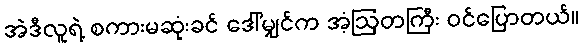
အဲဒီလူရဲ့ စကားမဆုံးခင် ဒေါ်မျှင်က အံ့ဩတကြီး ဝင်ပြောတယ်။